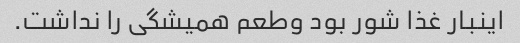
اینبار غذا شور بود وطعم همیشگی را نداشت.